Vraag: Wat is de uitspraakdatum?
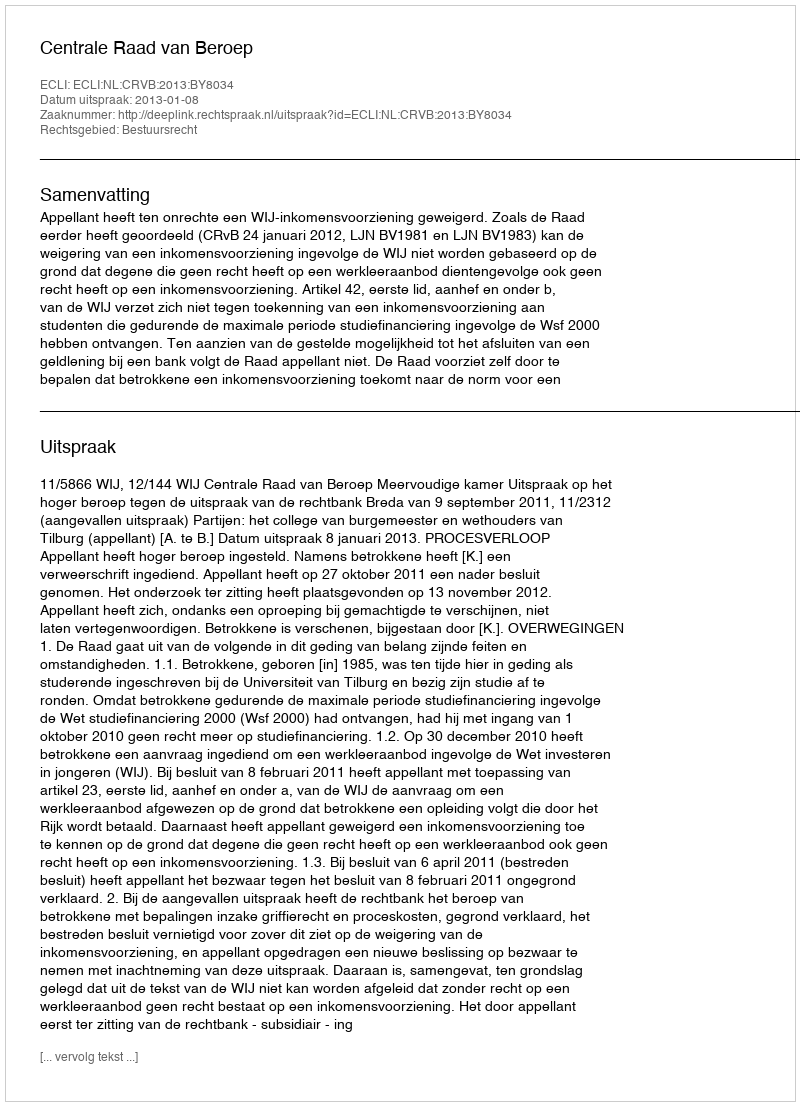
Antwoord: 2013-01-08